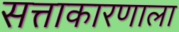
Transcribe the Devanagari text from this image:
सत्ताकारणाला